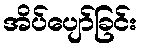
အိပ်ပျော်ခြင်း